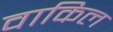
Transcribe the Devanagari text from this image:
वाकिल